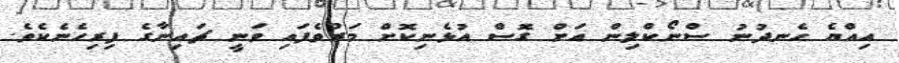
އިއްޔެ ހެނދުނު ސްނޯކްލިން އަށް ގޮސް އުޅެނިކޮށް މަރުވެފައި ވަނީ ޗައިނާގެ ފިރިހެނެކެވެ.